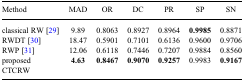
<table><thead><tr><td><b>Method</b></td><td><b>MAD</b></td><td><b>OR</b></td><td><b>DC</b></td><td><b>PR</b></td><td><b>SP</b></td><td><b>SN</b></td></tr></thead><tbody><tr><td>classical RW [29]</td><td>9.89</td><td>0.8063</td><td>0.8927</td><td>0.8964</td><td><b>0.9985</b></td><td>0.8871</td></tr><tr><td>RWDT [30]</td><td>18.47</td><td>0.5901</td><td>0.7101</td><td>0.6136</td><td>0.9600</td><td>0.9706</td></tr><tr><td>RWP [31]</td><td>12.06</td><td>0.6118</td><td>0.7446</td><td>0.7207</td><td>0.9884</td><td>0.8560</td></tr><tr><td>proposed CTCRW</td><td><b>4.63</b></td><td><b>0.8467</b></td><td><b>0.9070</b></td><td><b>0.9257</b></td><td>0.9983</td><td><b>0.9167</b></td></tr></tbody></table>